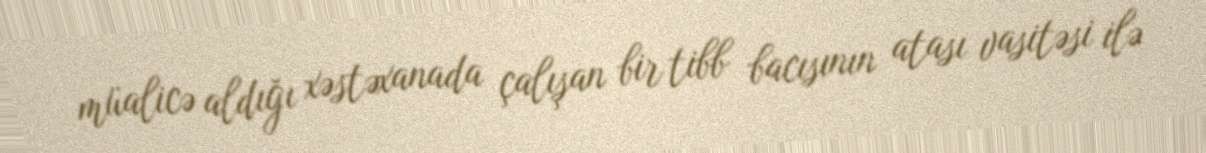
müalicə aldığı xəstəxanada çalışan bir tibb bacısının atası vasitəsi ilə